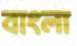
বাংলা